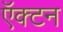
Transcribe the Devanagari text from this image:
ऍक्टन